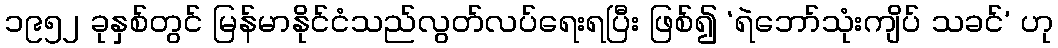
၁၉၅၂ ခုနှစ်တွင် မြန်မာနိုင်ငံသည်လွတ်လပ်ရေးရပြီး ဖြစ်၍ ‘ရဲဘော်သုံးကျိပ် သခင်’ ဟု